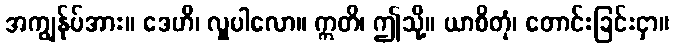
အကျွန်ုပ်အား။ ဒေဟိ၊ လှူပါလော။ ဣတိ၊ ဤသို့။ ယာစိတုံ၊ တောင်းခြင်းငှာ။